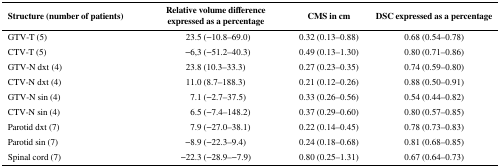
<table><thead><tr><td><b>Structure (number of patients)</b></td><td><b>Relative volume difference expressed as a percentage</b></td><td><b>CMS in cm</b></td><td><b>DSC expressed as a percentage</b></td></tr></thead><tbody><tr><td>GTV-T (5)</td><td>23.5 (−10.8–69.0)</td><td>0.32 (0.13–0.88)</td><td>0.68 (0.54–0.78)</td></tr><tr><td>CTV-T (5)</td><td>−6,3 (−51.2–40.3)</td><td>0.49 (0.13–1.30)</td><td>0.80 (0.71–0.86)</td></tr><tr><td>GTV-N dxt (4)</td><td>23.8 (10.3–33.3)</td><td>0.27 (0.23–0.35)</td><td>0.74 (0.59–0.80)</td></tr><tr><td>CTV-N dxt (4)</td><td>11.0 (8.7–188.3)</td><td>0.21 (0.12–0.26)</td><td>0.88 (0.50–0.91)</td></tr><tr><td>GTV-N sin (4)</td><td>7.1 (−2.7–37.5)</td><td>0.33 (0.26–0.56)</td><td>0.54 (0.44–0.82)</td></tr><tr><td>CTV-N sin (4)</td><td>6.5 (−7.4–148.2)</td><td>0.37 (0.29–0.60)</td><td>0.80 (0.57–0.85)</td></tr><tr><td>Parotid dxt (7)</td><td>7.9 (−27.0–38.1)</td><td>0.22 (0.14–0.45)</td><td>0.78 (0.73–0.83)</td></tr><tr><td>Parotid sin (7)</td><td>−8.9 (−22.3–9.4)</td><td>0.24 (0.18–0.68)</td><td>0.81 (0.68–0.85)</td></tr><tr><td>Spinal cord (7)</td><td>−22.3 (−28.9–−7.9)</td><td>0.80 (0.25–1.31)</td><td>0.67 (0.64–0.73)</td></tr></tbody></table>